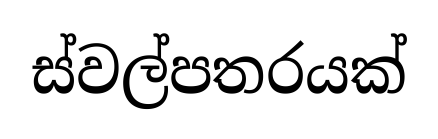
ස්වල්පතරයක්